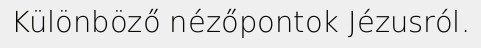
Különböző nézőpontok Jézusról.